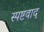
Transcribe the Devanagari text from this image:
स्पष्टवाद